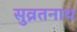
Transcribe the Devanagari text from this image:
सुव्रतनाथ